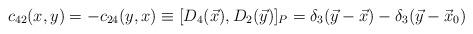
LaTeX: \begin{align*}c_{42}(x,y) = - c_{24}(y,x) \equiv [D_{4}(\vec{x}), D_{2}(\vec{y})]_{P}= \delta_{3}(\vec{y} - \vec{x}) - \delta_{3}(\vec{y} - \vec{x}_{0})\end{align*}